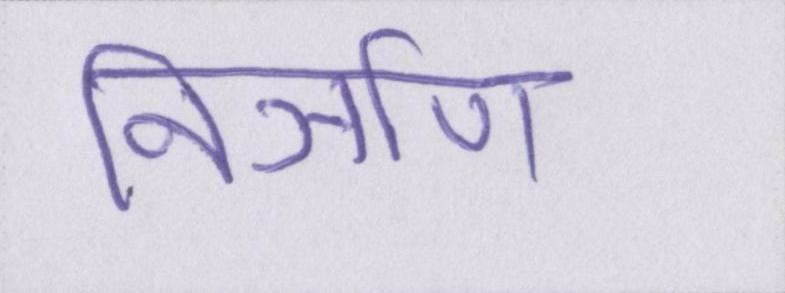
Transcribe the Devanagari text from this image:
निर्ञाण